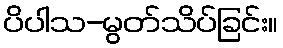
ပိပါသ-မွတ်သိပ်ခြင်း။